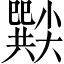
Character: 𡮸